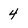
Character: 4